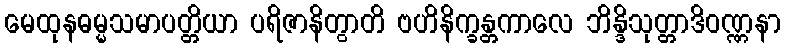
မေထုနဓမ္မသမာပတ္တိယာ ပရိဇာနိတွာတိ ဗဟိနိက္ခန္တကာလေ ဘိန္ဒိသုတ္တာဒိဝဏ္ဏနာ